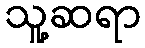
သူ့ဆရာ